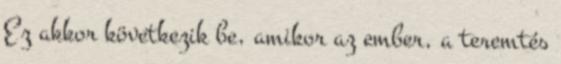
Ez akkor következik be, amikor az ember, a teremtés